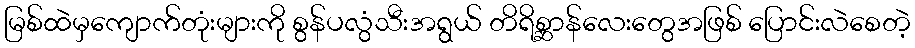
မြစ်ထဲမှကျောက်တုံးများကို စွန်ပလွံသီးအရွယ် တိရိစ္ဆာန်လေးတွေအဖြစ် ပြောင်းလဲစေတဲ့